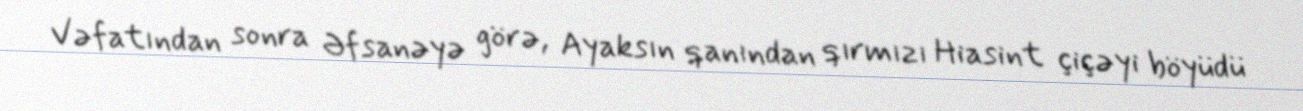
Vəfatından sonra Əfsanəyə görə, Ayaksın qanından qırmızı Hiasint çiçəyi böyüdü